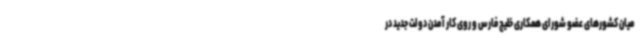
میان کشورهای عضو شورای همکاری خلیج فارس و روی کار آمدن دولت جدید در